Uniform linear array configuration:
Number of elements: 24
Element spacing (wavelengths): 0.25
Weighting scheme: kaiser
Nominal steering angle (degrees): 60
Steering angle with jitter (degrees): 61.903
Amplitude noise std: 0.05
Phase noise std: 0.05

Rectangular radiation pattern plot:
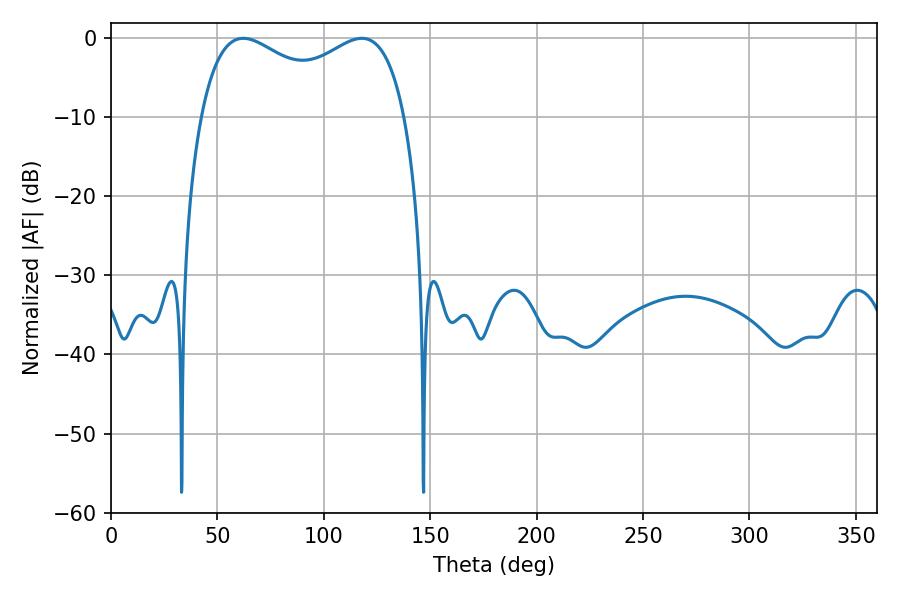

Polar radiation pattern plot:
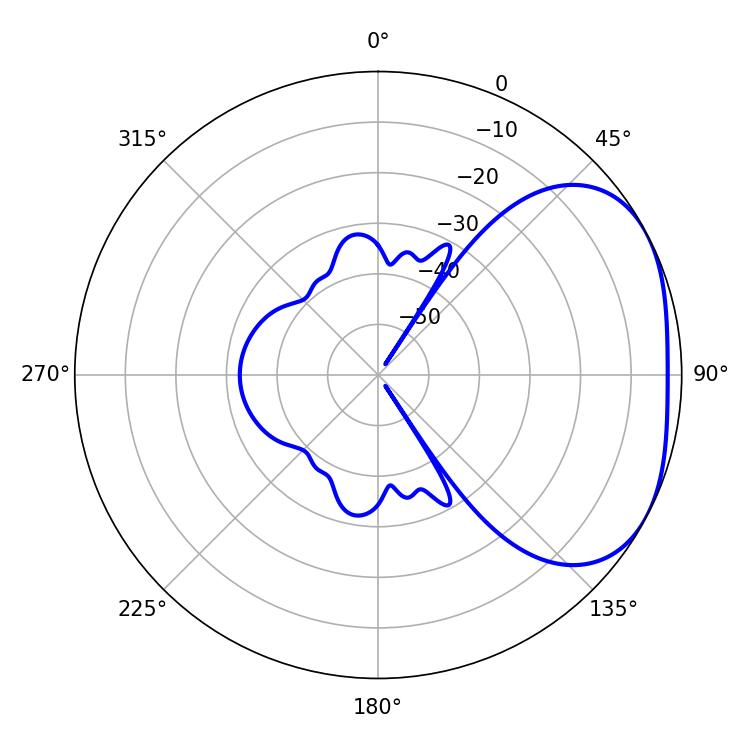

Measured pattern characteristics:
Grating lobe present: FALSE
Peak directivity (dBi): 2.876
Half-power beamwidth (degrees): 80.28
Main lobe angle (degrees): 62.1